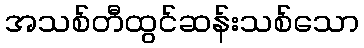
အသစ်တီထွင်ဆန်းသစ်သော